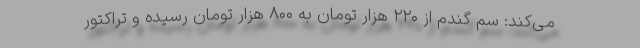
می‌کند: سم گندم از ۲۲۰ هزار تومان به ۸۰۰ هزار تومان رسیده و تراکتور